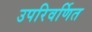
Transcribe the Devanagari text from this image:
उपरिवर्णित